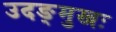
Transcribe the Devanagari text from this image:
उदङ्मुखः